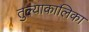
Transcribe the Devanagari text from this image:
तुल्याकालिका